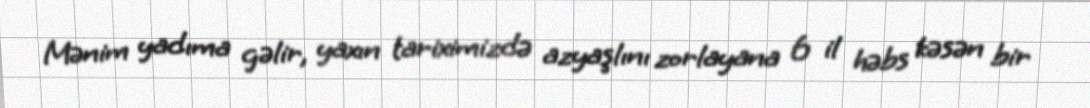
Mənim yadıma gəlir, yaxın tariximizdə azyaşlını zorlayana 6 il həbs kəsən bir